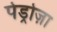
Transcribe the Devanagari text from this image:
पेड्रोज़ा